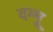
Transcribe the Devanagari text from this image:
दम्मू